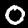
Digit: 0